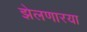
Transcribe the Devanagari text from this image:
झेलणारया